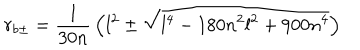
r _ { b \pm } = { \frac { 1 } { 3 0 n } } \left( l ^ { 2 } \pm \sqrt { l ^ { 4 } - 1 8 0 n ^ { 2 } l ^ { 2 } + 9 0 0 n ^ { 4 } } \right)